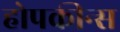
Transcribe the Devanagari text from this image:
होपकीन्स